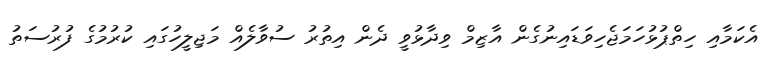
އެކަމާއި ހިތްޕުޅުހަމަޖެހިވަޑައިނުގެން އާޒިމް ވިދާޅުވީ ދެން އިތުރު ސުވާލެއް މަޖިލީހުގައި ކުރުމުގެ ފުރުސަތު